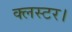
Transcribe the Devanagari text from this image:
क्लस्टर।